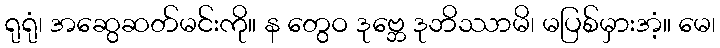
ရုရုံ၊ အဆွေဆတ်မင်းကို။ န တွေဝ ဒုဗ္ဘေ ဒုဘိဿာမိ၊ မပြစ်မှားအံ့။ မေ၊